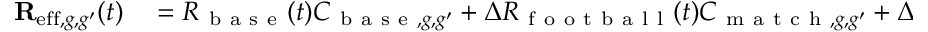
\begin{array} { r l } { \mathbf { R } _ { \mathrm { e f f } , g , g ^ { \prime } } ( t ) } & { { } = R _ { \mathrm { ~ b ~ a ~ s ~ e ~ } } ( t ) C _ { \mathrm { ~ b ~ a ~ s ~ e ~ } , g , g ^ { \prime } } + \Delta R _ { \mathrm { ~ f ~ o ~ o ~ t ~ b ~ a ~ l ~ l ~ } } ( t ) C _ { \mathrm { ~ m ~ a ~ t ~ c ~ h ~ } , g , g ^ { \prime } } + \Delta R _ { \mathrm { ~ n ~ o ~ i ~ s ~ e ~ } } ( t ) C _ { \mathrm { ~ n ~ o ~ i ~ s ~ e ~ } , g , g ^ { \prime } } , } \end{array}